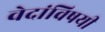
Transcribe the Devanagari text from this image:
वेदांविषयी